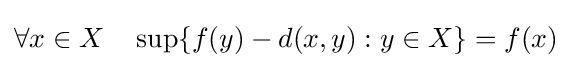
\forall x\in X\quad \sup\{f(y)-d(x,y):y\in X\}=f(x)